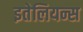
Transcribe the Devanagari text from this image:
इतेलियन्स